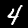
Digit: 4